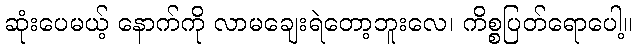
ဆုံးပေမယ့် နောက်ကို လာမချေးရဲတော့ဘူးလေ၊ ကိစ္စပြတ်ရောပေါ့။